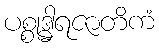
ပစ္စုဒ္ဓါရဇာတိကံ